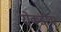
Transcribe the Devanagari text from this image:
रोकडीवर